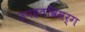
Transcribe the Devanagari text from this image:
उपहतविसर्ग